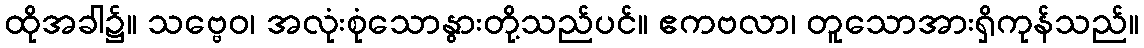
ထိုအခါ၌။ သဗ္ဗေဝ၊ အလုံးစုံသောနွားတို့သည်ပင်။ ဧကဗလာ၊ တူသောအားရှိကုန်သည်။